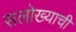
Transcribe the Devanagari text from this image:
सलोख्याची